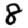
Digit: 8